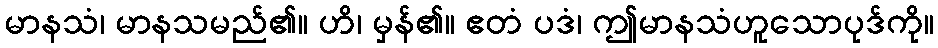
မာနသံ၊ မာနသမည်၏။ ဟိ၊ မှန်၏။ ဧတံ ပဒံ၊ ဤမာနသံဟူသောပုဒ်ကို။